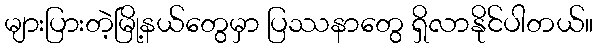
များပြားတဲ့မြို့နယ်တွေမှာ ပြဿနာတွေ ရှိလာနိုင်ပါတယ်။